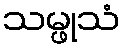
သမ္ဖုသံ